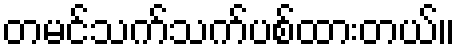
တမင်သက်သက်ပစ်ထားတယ်။